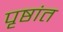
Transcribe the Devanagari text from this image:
पृष्ठांत